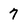
Character: 7